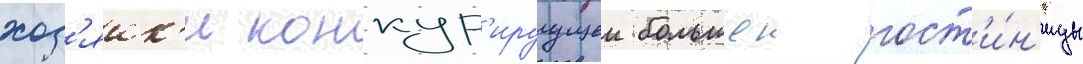
хоз'яик'и конкур'ируущеи большои гост'и́н'ицы